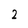
Character: 2